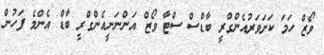
ވޯޒް ހަމަ ކަށަވަރުއެންގްރީ ބާޑްސް ސްޓާ ވޯޒް އަންނަނީއެންގްރީ ބާޑް އެންމެ ފަހުން